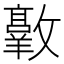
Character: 𫿠